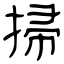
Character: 掃